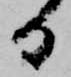
る